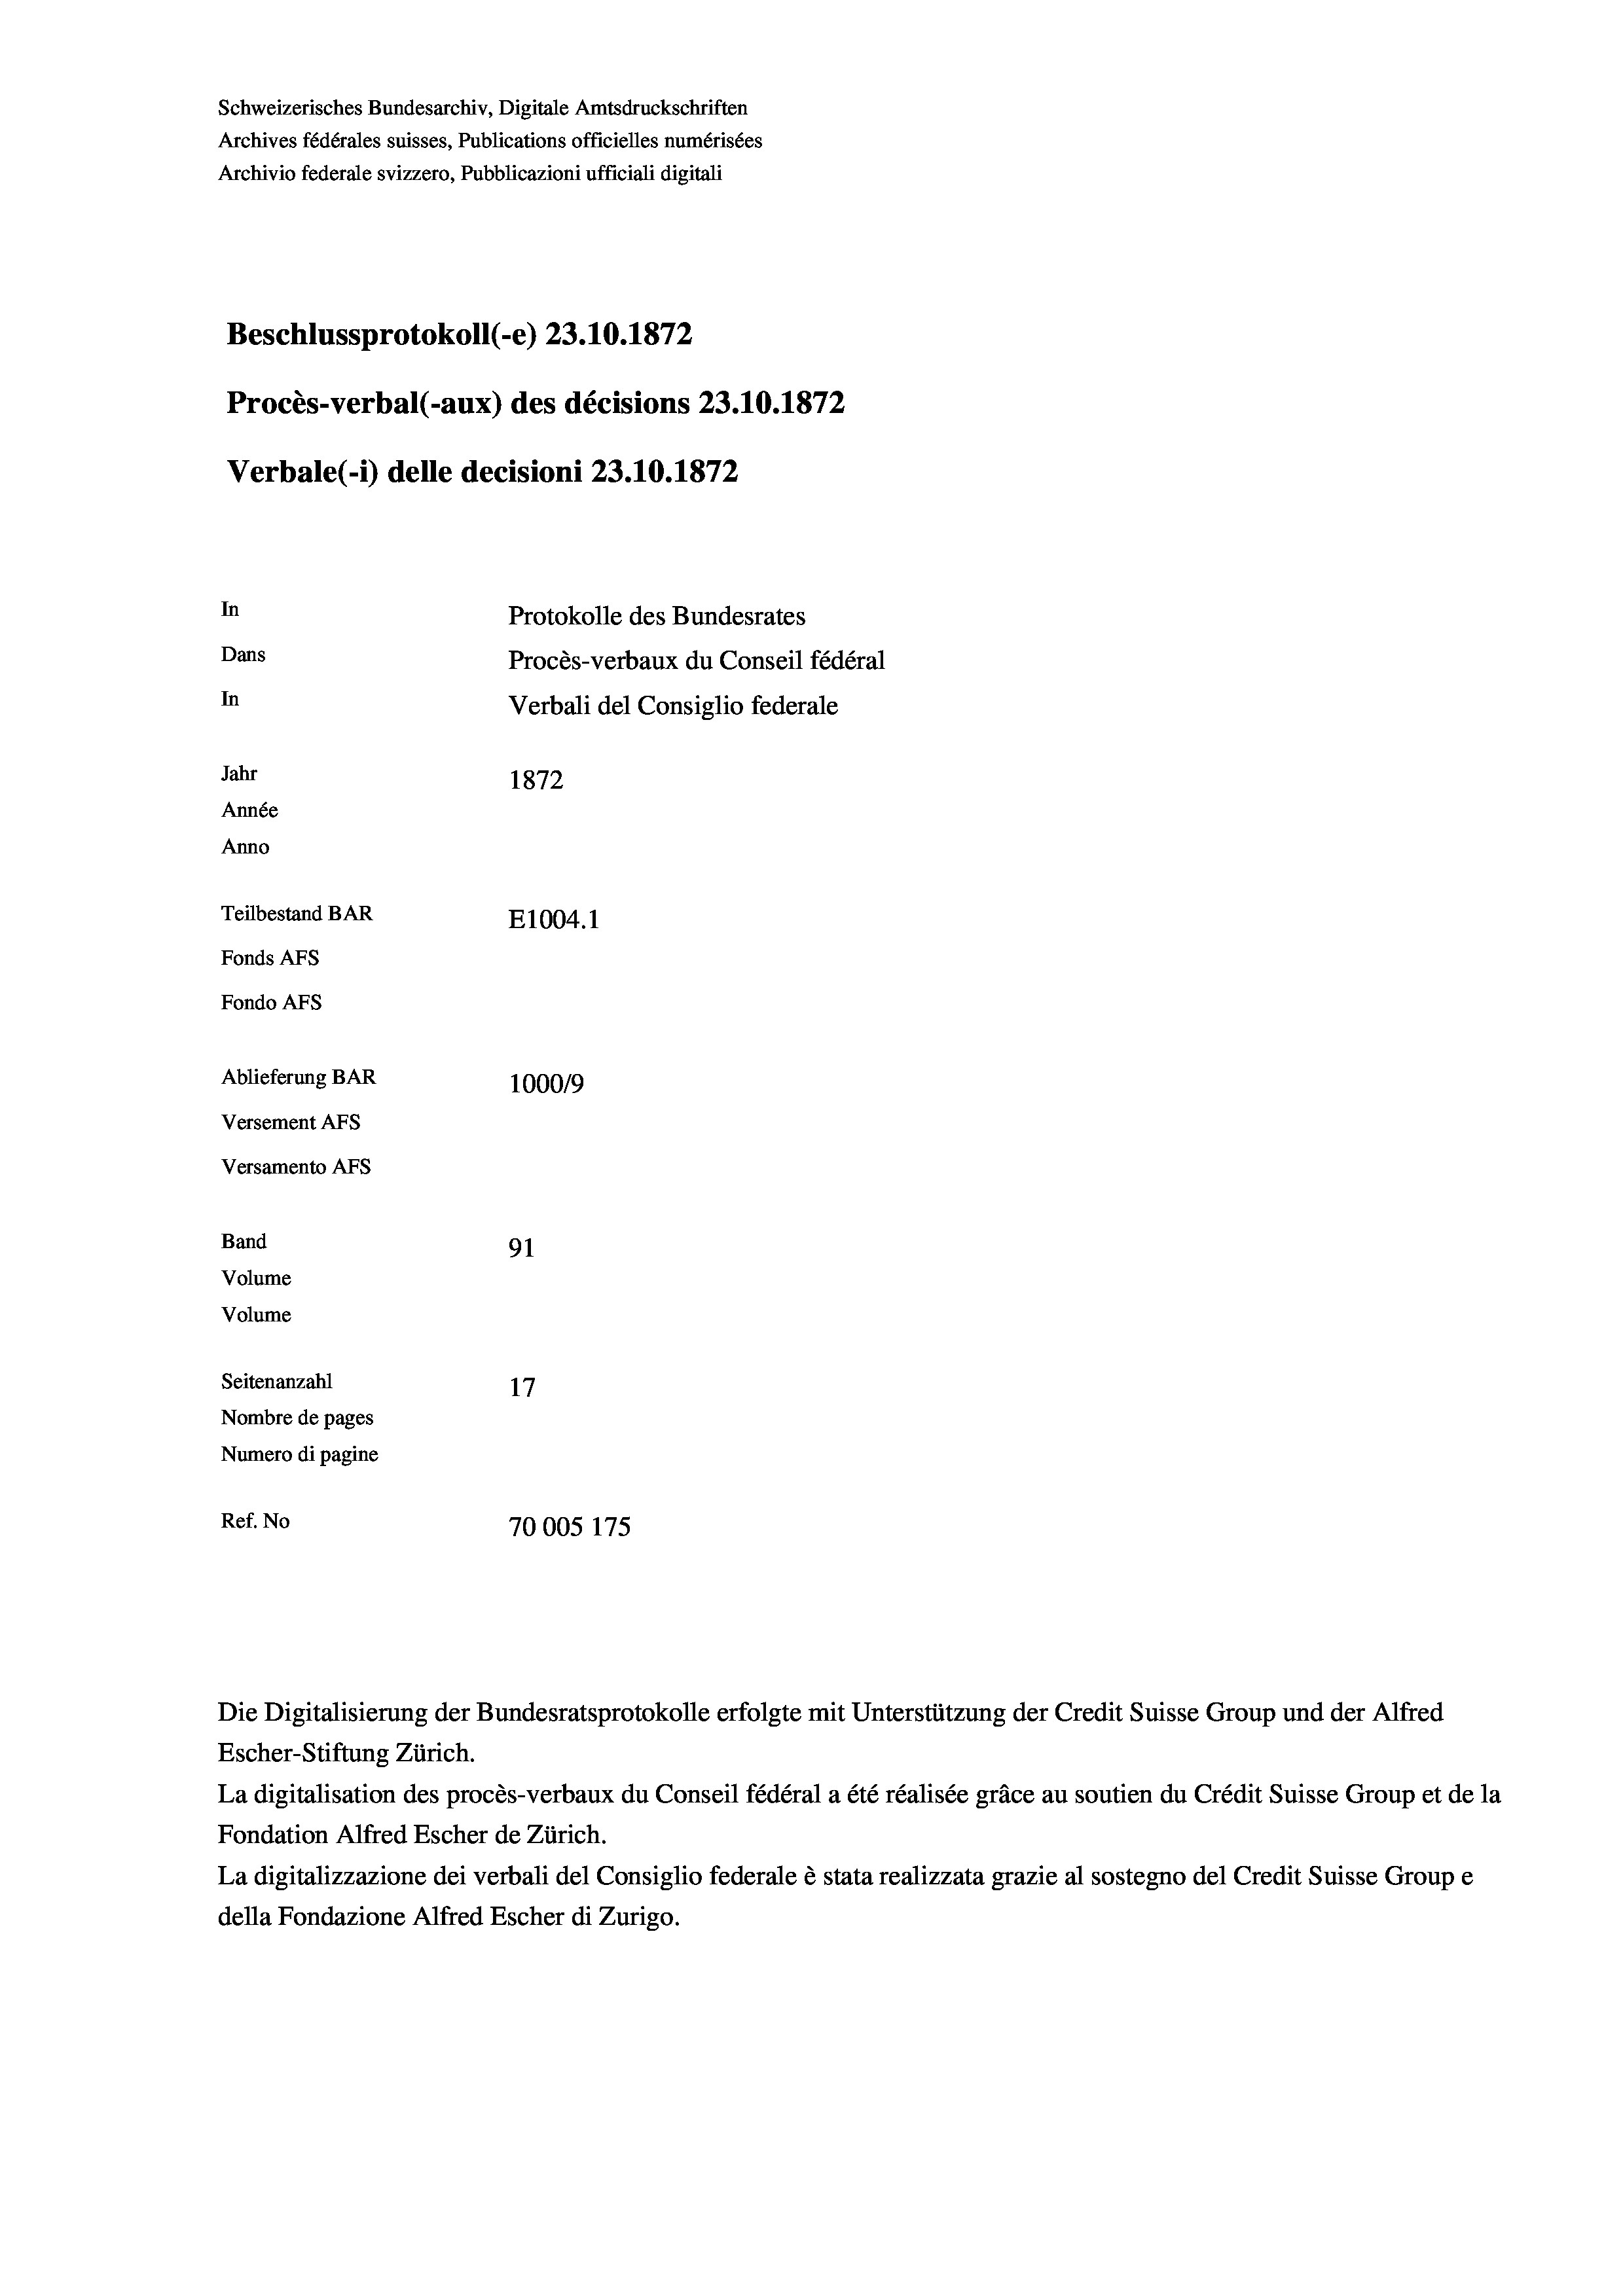
Schweizerisches Bundesarchiv, Digitale Amtsdruckschriften
Archives fédérales suisses, Publications officielles numérisées
Archivio federale svizzero, Pubblicazioni ufficiali digitali
Beschlussprotokoll (-e) 23.10.1872
Procès-verbal (-aux) des décisions 23.10.1872
Verbale (i) delle decisioni 23.10.1872

In
Dans
In
Jahr
1872
Année
Anno
Teilbestand BAR
E1004.1
Fonds AEs
Fondo AFs

Ablieferung BAR
Versement AFS
Versamento AFs
Band
Volume
Volume

91
Seitenanzahl
Nombre de pages
Numero di pagine
Ref. No
70005 175

100019

Protokolle des Bundesrates
Procès-verbaux du Conseil fédéral
Verbali del Consiglio federale

Die Digitalisierung der Bundesratsprotokolle erfolgte mit Unterstützung der Credit Suisse Group und der Alfred
Escher-Stiftung Zürich.
La digitalisation des procès-verbaux du Conseil fédéral a été réalisée gräce au soutien du Crédit Suisse Group et de la
Fondation Alfred Escher de Zürich.
La digitalizzazione dei verbali del Consiglio federale è stata realizzata grazie al sostegno del Credit Suisse Groupe
della Fondazione Alfred Escher di Zurigo.